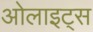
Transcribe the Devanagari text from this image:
ओलाइट्स